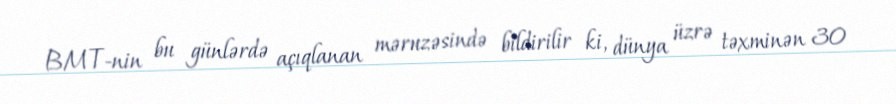
BMT-nin bu günlərdə açıqlanan məruzəsində bildirilir ki, dünya üzrə təxminən 30